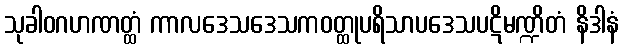
သုခါဝဂဟဏတ္ထံ ကာလဒေသဒေသကဝတ္ထုပရိသာပဒေသပဋိမဏ္ဍိတံ နိဒါနံ